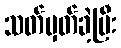
သတ်မှတ်ခဲ့ပြီး